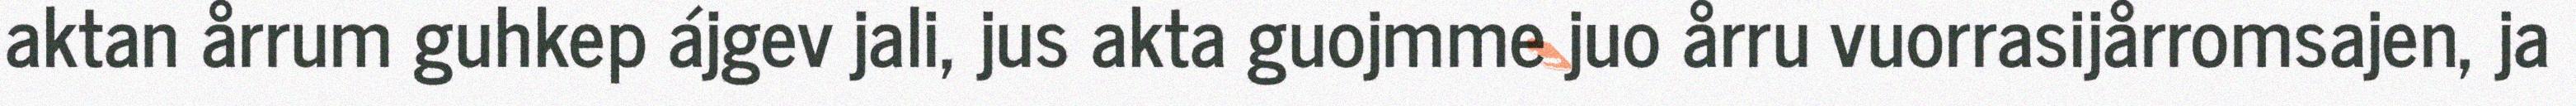
aktan årrum guhkep ájgev jali, jus akta guojmme juo årru vuorrasijårromsajen, ja